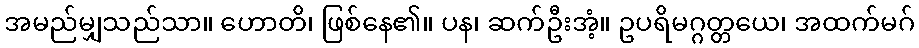
အမည်မျှသည်သာ။ ဟောတိ၊ ဖြစ်နေ၏။ ပန၊ ဆက်ဦးအံ့။ ဥပရိမဂ္ဂတ္တယေ၊ အထက်မဂ်